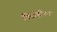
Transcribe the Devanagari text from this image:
विद्रोहीपन